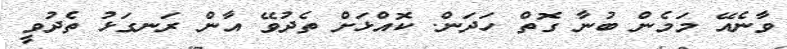
ވާނެއޭ މަމެން ބުނާ ގޮތް ހަދަން. ކޮއްޅަށް ތެދުވޭ އާން ރަނގަޅު ތެދުވީ